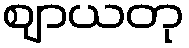
ဈာယတု